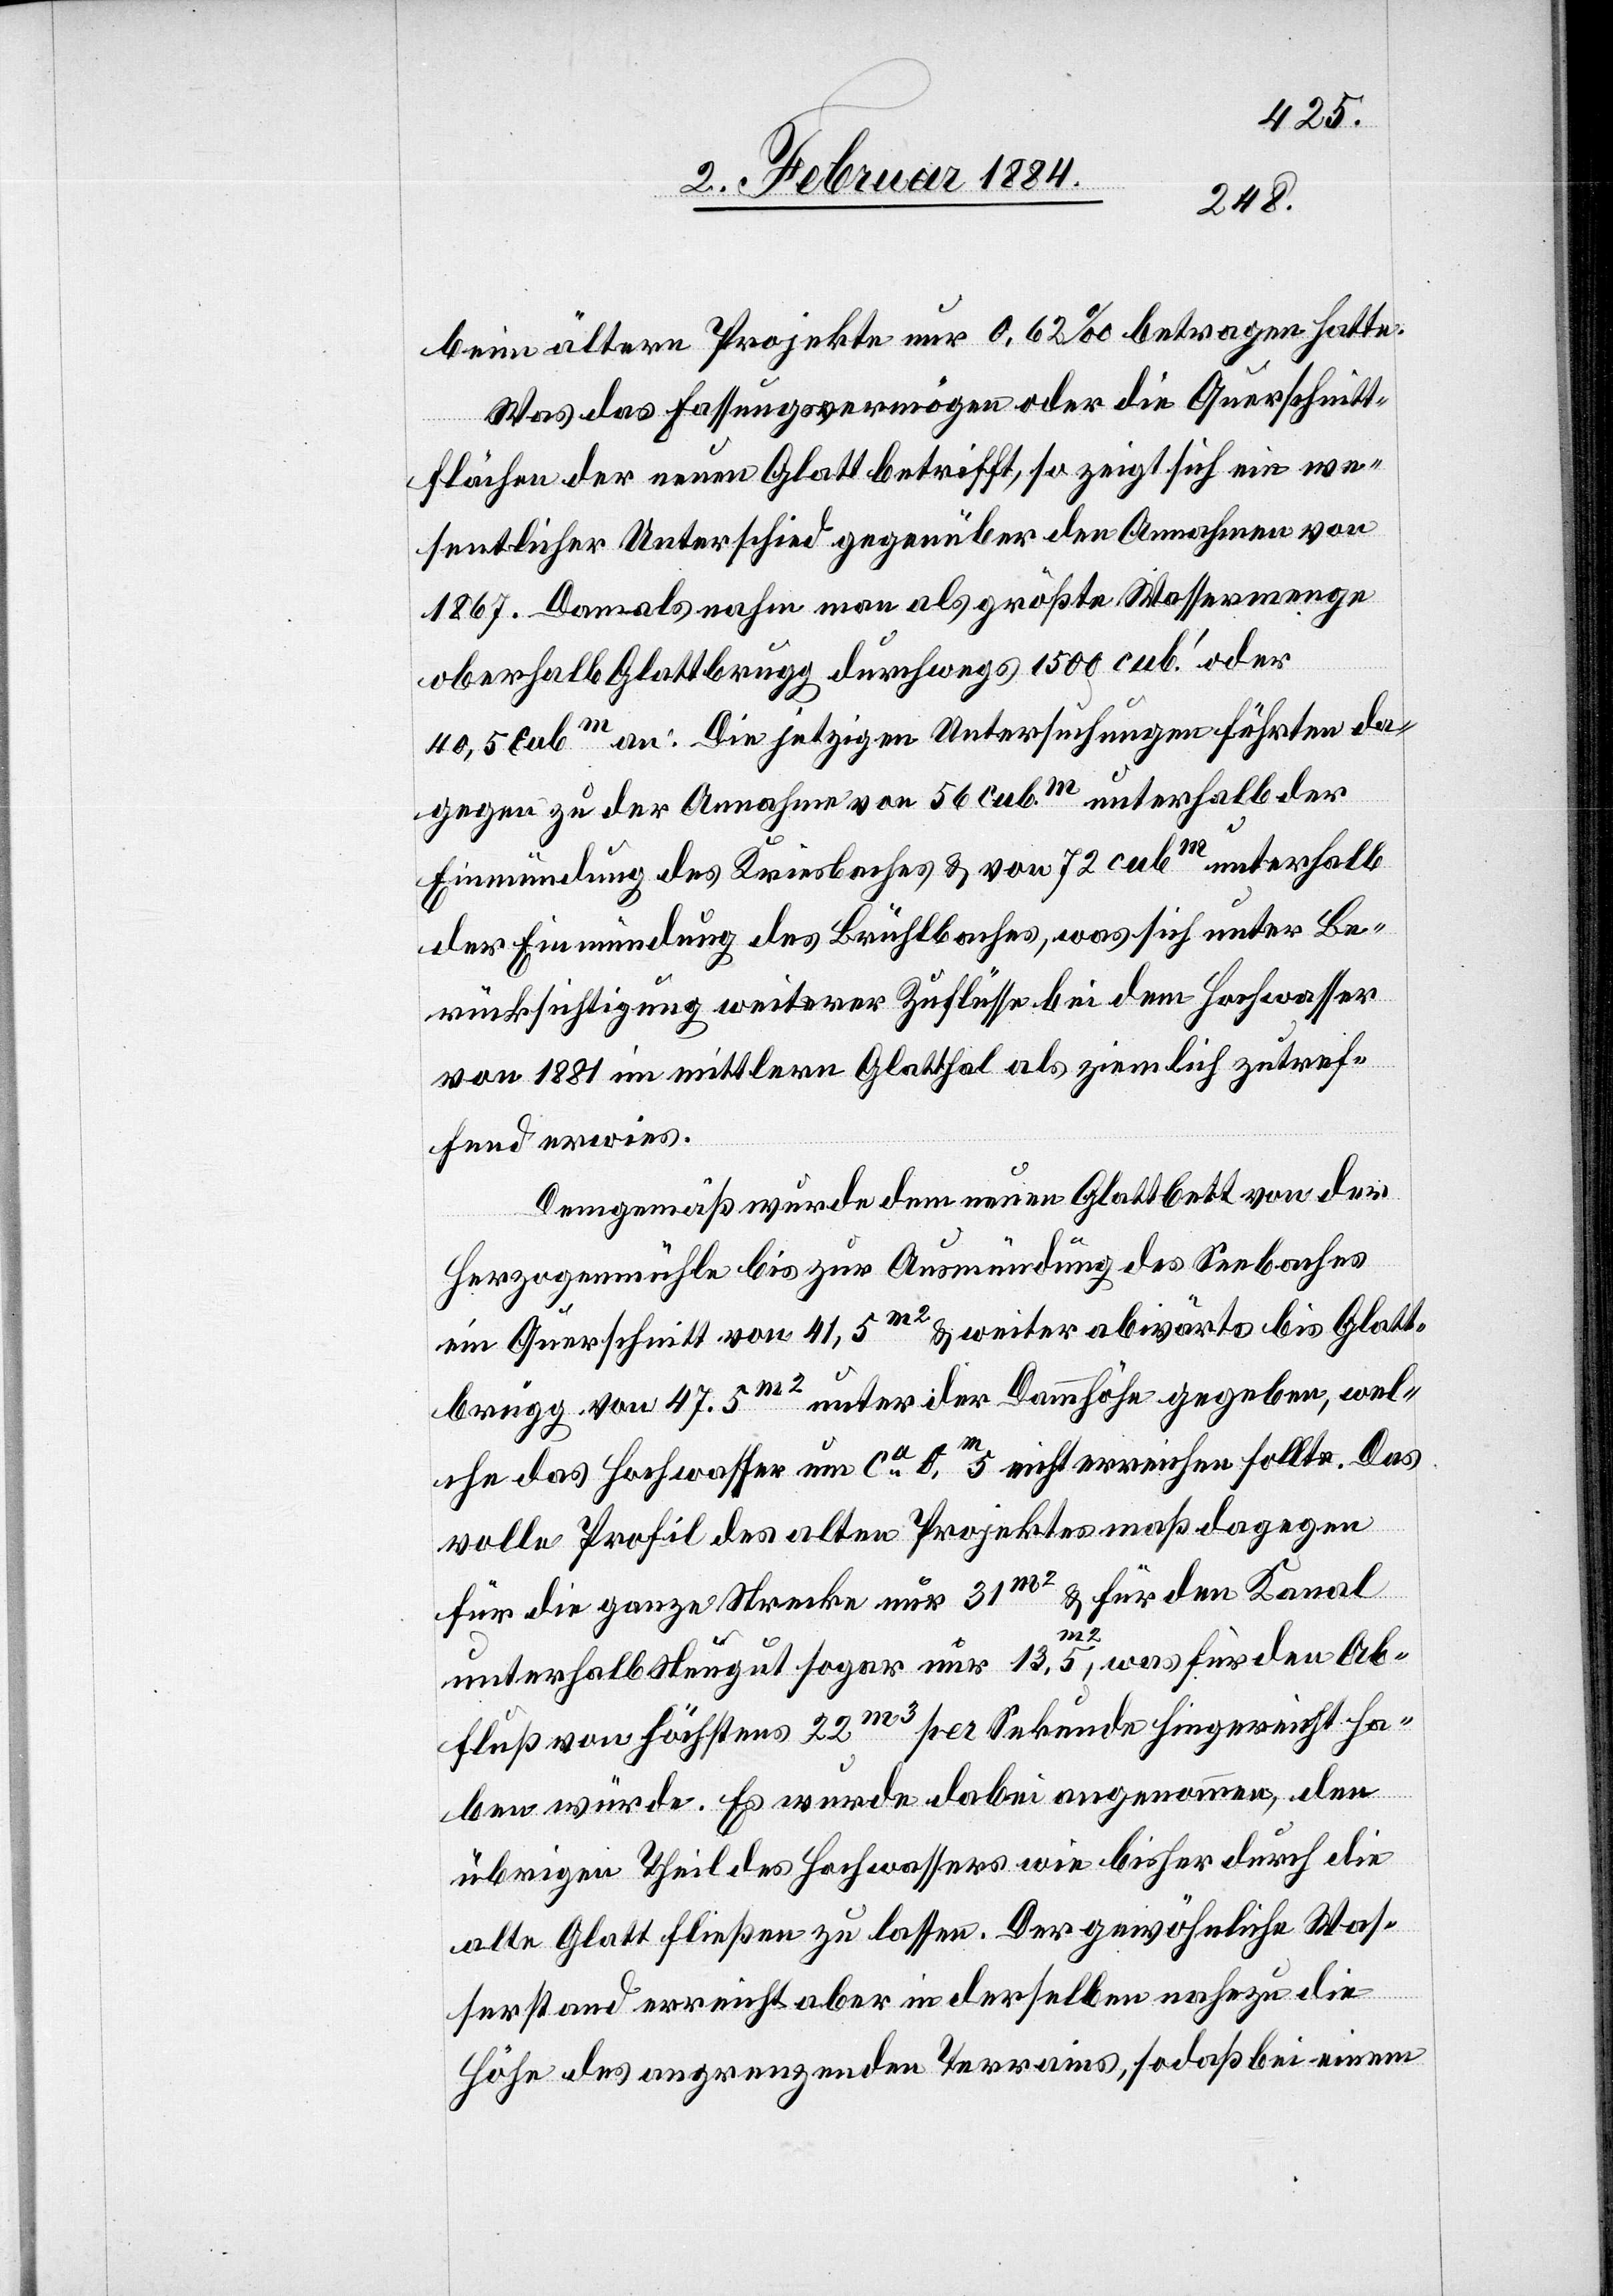
beim ältern Projekte nur 0,62% betragen hatte.
Was das Fassungsvermögen oder die Querschnitt¬
fläche der neuen Glatt betrifft, so zeigt sich ein we¬
sentlicher Unterschied gegenüber den Annahmen von
1867. Damals nahm man als größte Wassermenge
oberhalb Glattbrugg durchwegs 1500 cub.’ oder
40,5 cubm an: Die jetzigen Untersuchungen führten da¬
gegen zu der Annahme von 56 cubm unterhalb der
Einmündung des Kreisbaches & von 72 cubm unterhalb
der Einmündung des Brühlbaches, was sich unter Be¬
rücksichtigung weiterer Zuflüsse bei dem Hochwasser
von 1881 im mittleren Glatthal als ziemlich zutref¬
fend erwies.
Demgemäß wurde dem neuen Glattbett von der
Herzogenmühle bis zur Ausmündung des Seebaches
ein Querschnitt von 41,5m2 & weiter abwärts bis Glatt¬
brugg von 47,5m2 unter der Dammhöhe gegeben, wel¬
che das Hochwasser um ca 0,m 5 nicht erreichen sollte. Das
volle Profil des alten Projektes maß dagegen
für die ganze Strecke nur 31m2 & für den Kanal
unterhalb Neugut sogar nur 13,5m2, was für den Ab¬
fluß von höchstens 22m3 per Sekunde hingereicht ha¬
ben würde. Es wurde dabei angenommen, den
übrigen Theil des Hochwassers wie bisher durch die
alte Glatt fließen zu lassen. Der gewöhnliche Was¬
serstand erreicht aber in derselben nahezu die
Höhe des angrenzenden Terrains, sodaß bei einem